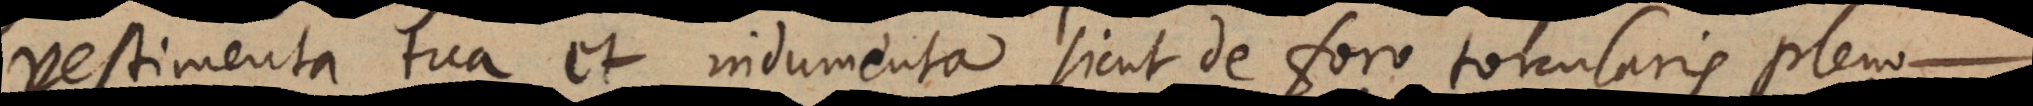
vestimenta tua et indumenta sicut de foro torcularis pleno